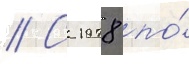
// С 1978 по́